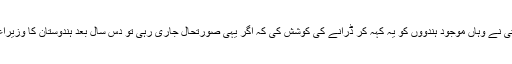
یتی نرسنگا نند سرسوتی نے وہاں موجود ہندووں کو یہ کہہ کر ڈرانے کی کوشش کی کہ اگر یہی صورتحال جاری رہی تو دس سال بعد ہندوستان کا وزیراعظم ایک مسلمان ہوگا۔